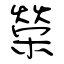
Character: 榮